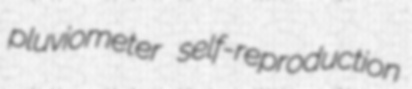
pluviometer self-reproduction